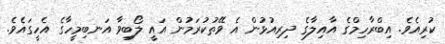
ކުރިއެވެ. އިބްރާހިމްގެ އާއިލާގެ ދިރިއުޅުން އެ ވޭތުކުރަމުން އައީ ލޯބިވާ އަނބިމީހާގެ އެހީގައެެވެ.